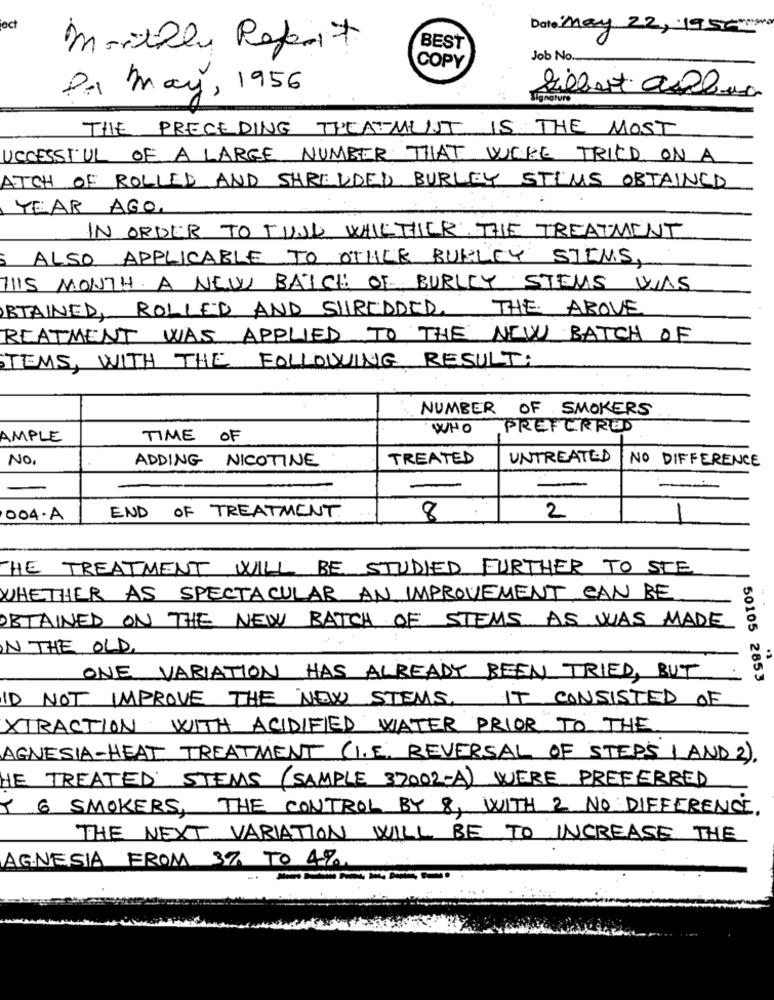
oct
Date:May 22, 1950 med
monthly Refait
BEST
COPY
Job No.
PA May, 1956
Siebut all
Biuro
THE PRECEDING TREATMENT IS THE MOST
UCCESSFUL OF A LARGE NUMBER THAT WERE TRIED ON A
ATCH OF ROLLED AND SHREDDED BURLEY STEMS OBTAINED
YEAR AGO.
IN ORDER TO TUNG WHICHHIER THE TREATMENT
ALSO APPLICABLE TO OTULE BUKLEY STEMS,
THIS MONTH A NEW BATCH OF BURLEY STEMS VIAS
STAINED, ROLLED AND SHREDDED, THE ABOVE
REATMENT WAS APPLIED TO THE NEW BATCH OF
TEMS, WITH THE FOLLOWING RESULT:
NUMBER OF SMOKERS
WHO
PREFERRED
AMPLE
TIME OF
No.
ADDING NICOTINE
TREATED
UNTREATED
NO DIFFERENCE
-
-
END OF TREATMENT.
004.A
8
2
-
THE TREATMENT WILL BE STUDIED FURTHER TO STE
WHETHER AS SPECTACULAR AN IMPROVEMENT CAN BE
OBTAINED ON THE NEW BATCH OF STEMS AS WAS MADE
IN THE OLD.
ONE VARIATION HAS ALREADY BEEN TRIED, BUT
50105 2853
ID NOT IMPROVE THE NEW STEMS, IT CONSISTED OF
XTRACTION WITH ACIDIFIED WATER PRIOR TO THE
AGNESIA-HEAT TREATMENT (I.E. REVERSAL OF STEPS 1 AND 2).
HE TREATED STEMS (SAMPLE 37002-A) WERE PREFERRED
I 6 SMOKERS, THE CONTROL BY 8, WITH 2 NO DIFFERENCE.
THE NEXT VARIATION WILL BE TO INCREASE THE
AGNESIA FROM 3% TO 4%